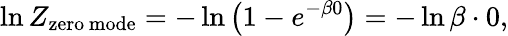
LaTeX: \ln Z_{\mathrm{zero\, mode}}=-\ln\left(1-e^{-\beta 0}\right)=-\ln\beta\cdot 0,